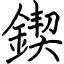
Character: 鍥